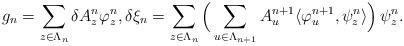
LaTeX: \begin{align*} g_n = \sum_{z\in\Lambda_n}\delta A^n_z\varphi^n_z, \delta\xi_n = \sum_{z\in\Lambda_n}\Big(\sum_{u\in\Lambda_{n+1}} A^{n+1}_u\langle\varphi^{n+1}_u,\psi^n_z\rangle\Big)\,\psi^n_z.\end{align*}